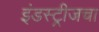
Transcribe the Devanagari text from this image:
इंडस्ट्रीजचा